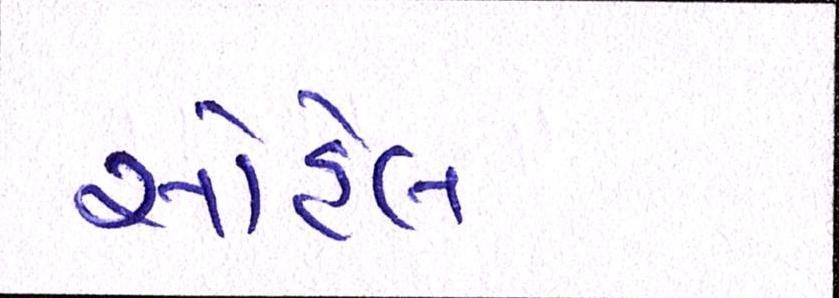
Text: સોહેલ